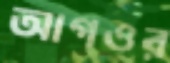
আগওর